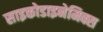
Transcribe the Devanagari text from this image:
साइकोडाइनेमिक्स